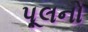
પૂલનો